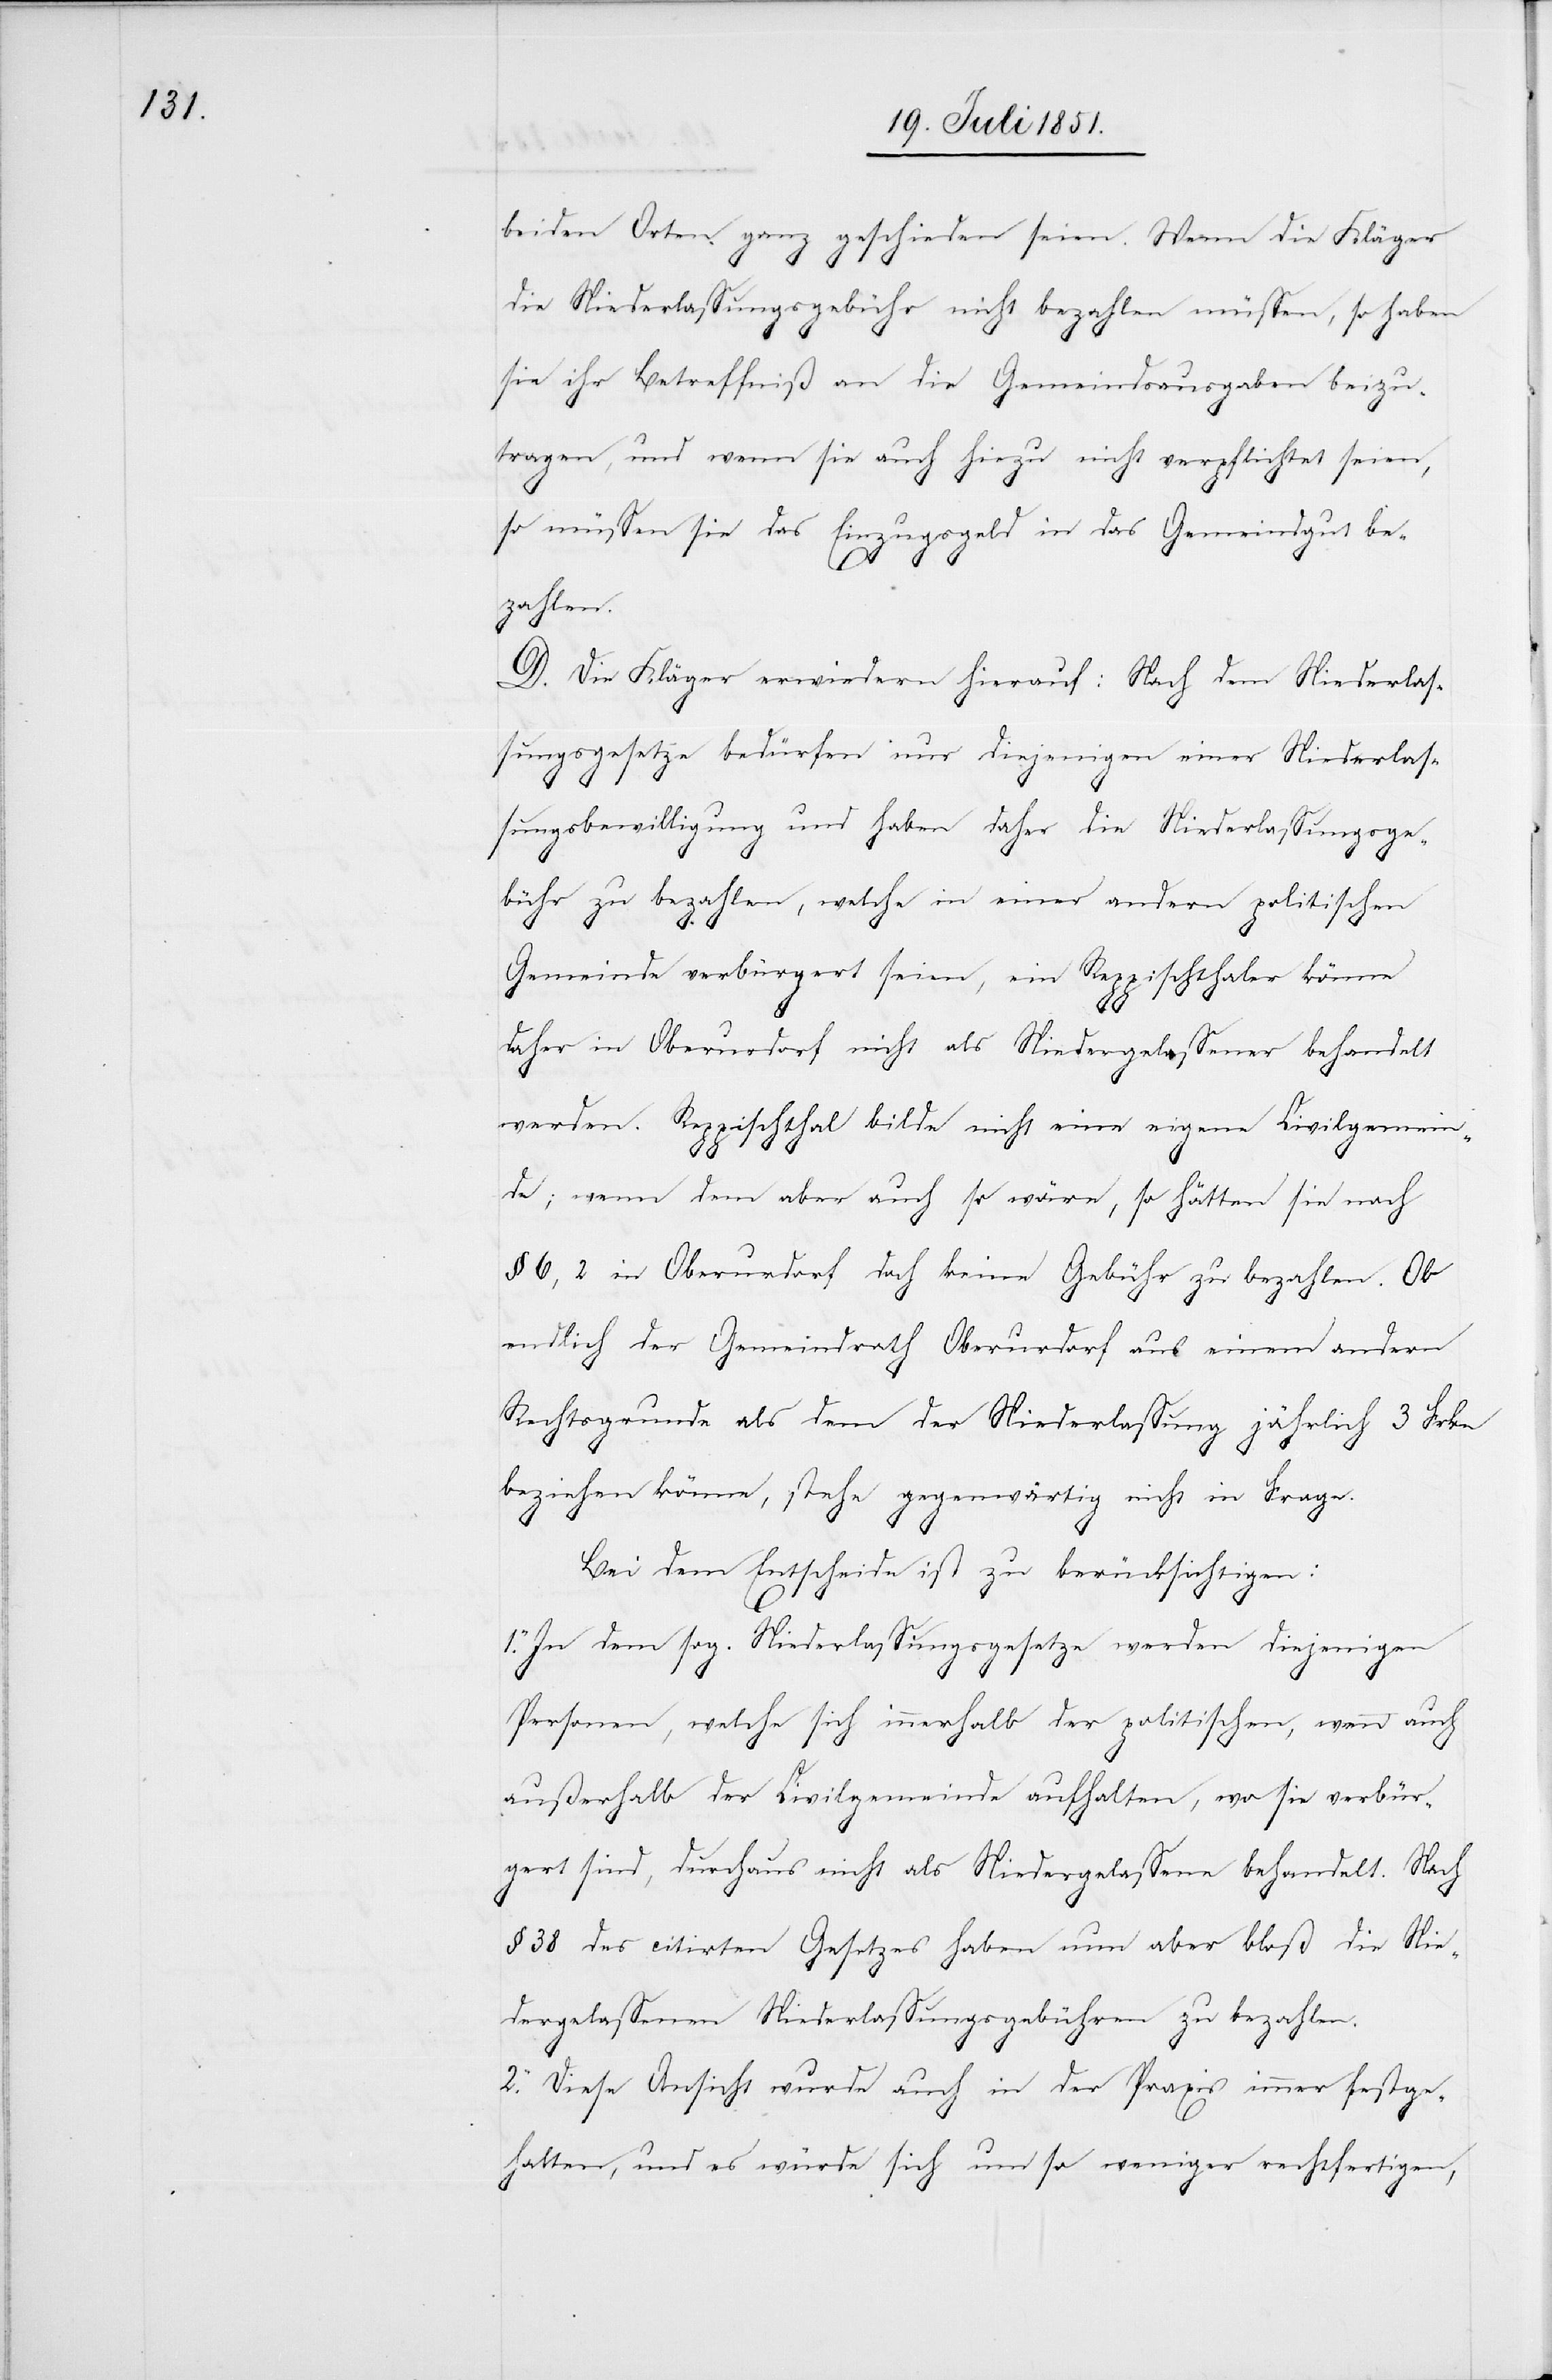
beiden Orten ganz geschieden seien. Wenn die Kläger
die Niederlassungsgebühr nicht bezahlen müssen, so haben
sie ihr Betreffniß an die Gemeindsausgaben beizu¬
tragen, und wenn sie auch hiezu nicht verpflichtet seien,
so müssen sie das Einzugsgeld in das Gemeindgut be¬
zahlen.
D. Die Kläger erwiedern hierauf: Nach dem Niederlas¬
sungsgesetze bedürfen nur diejenigen einer Niederlas¬
sungsbewilligung und haben daher die Niederlassungsge¬
bühr zu bezahlen, welche in einer andern politischen
Gemeinde verbürgert seien, ein Reppischthaler könne
daher in Oberurdorf nicht als Niedergelassener behandelt
werden. Reppischthal bilde nicht eine eigene Civilgemein¬
de; wenn dem aber auch so wäre, so hätten sie nach
§ 6, 2 in Oberurdorf doch keine Gebühr zu bezahlen. Ob
endlich der Gemeindrath Oberurdorf aus einem andern
Rechtsgrunde als dem der Niederlassung jährlich 3 Frkn
beziehen könne, stehe gegenwärtig nicht in Frage.
Bei dem Entscheide ist zu berücksichtigen:
1.
In dem sog. Niederlassungsgesetze werden diejenigen
Personen, welche sich innerhalb der politischen, wenn auch
außerhalb der Civilgemeinde aufhalten, wo sie verbür¬
gert sind, durchaus nicht als Niedergelassene behandelt. Nach
§ 38 des citirten Gesetzes haben nun aber bloß die Nie¬
dergelassenen Niederlassungsgebühren zu bezahlen.
2. Diese Ansicht wurde auch in der Praxis immer festge¬
halten, und es würde sich um so weniger rechtfertigen,